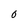
Character: O